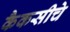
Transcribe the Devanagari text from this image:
कैकसीचे